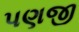
પણજી